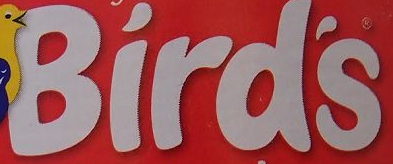
Bird's